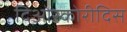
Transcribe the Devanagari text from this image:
दिओस्कोरीदिस